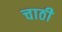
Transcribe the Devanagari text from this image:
चाठी